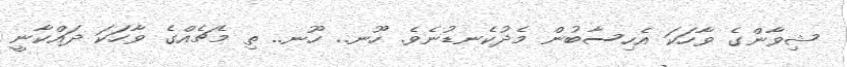
ޝިވާންގެ ވާހަކަ އެހިސާބުން މެދުކެނޑުނެވެ. ހޫނ.. ހޫނ.. ތި މެޗެއްގެ ވާހަކަ ދައްކާނީ